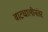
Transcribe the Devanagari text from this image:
वाटचालीनंतर